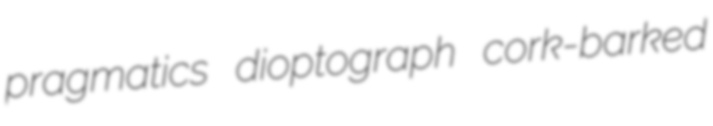
pragmatics dioptograph cork-barked